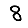
Digit: 8